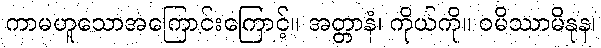
ကာမဟူသောအကြောင်းကြောင့်။ အတ္တာနံ၊ ကိုယ်ကို။ ဝမိဿာမိနုန၊